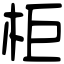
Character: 柜